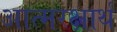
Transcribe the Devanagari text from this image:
आत्मरक्षार्थ